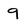
Character: 9